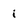
Character: i